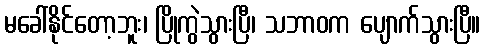
မခေါ်နိုင်တော့ဘူး၊ ပြိုကွဲသွားပြီ၊ သဘာဝက ပျောက်သွားပြီ။